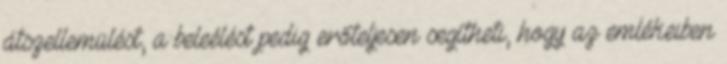
átszellemülést, a beleélést pedig erőteljesen segítheti, hogy az emlékeiben